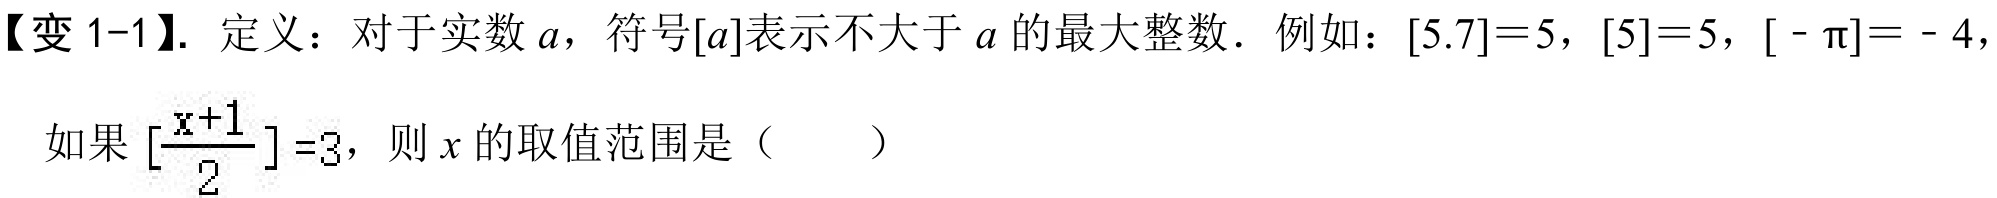
【变 1-1】. 定义：对于实数\(a\)，符号\([a]\)表示不大于\(a\)的最大整数．例如：\([5.7]=5\)，\([5]=5\)，\([-\pi]= - 4\)，
如果\([\frac{x + 1}{2}]=3\)，则\(x\)的取值范围是（  ）